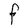
Character: F